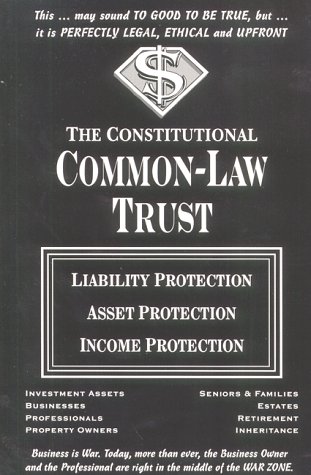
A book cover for The Constitutional Common-Law Trust : Liability Protection Asset Protection Income Protection; James Mathers; Law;